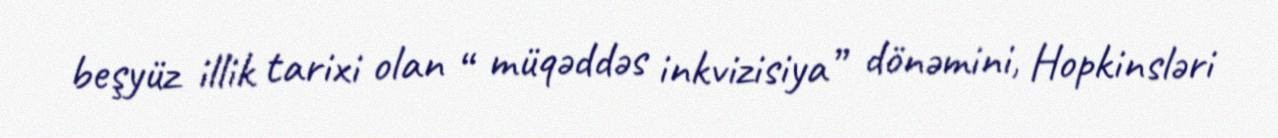
beşyüz illik tarixi olan “ müqəddəs inkvizisiya” dönəmini, Hopkinsləri